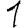
Digit: 1